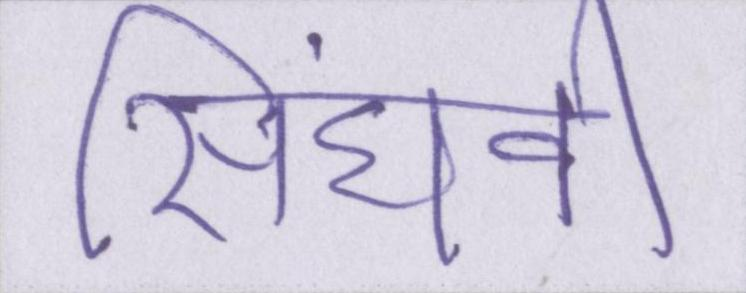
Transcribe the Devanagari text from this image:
सिंघवी